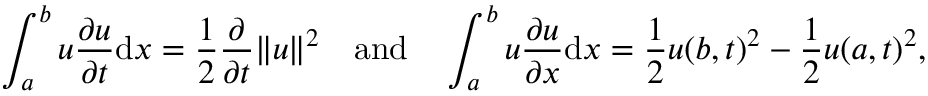
\int _ { a } ^ { b } u { \frac { \partial u } { \partial t } } \mathrm { d } x = { \frac { 1 } { 2 } } { \frac { \partial } { \partial t } } \| u \| ^ { 2 } \quad { \mathrm { a n d } } \quad \int _ { a } ^ { b } u { \frac { \partial u } { \partial x } } \mathrm { d } x = { \frac { 1 } { 2 } } u ( b , t ) ^ { 2 } - { \frac { 1 } { 2 } } u ( a , t ) ^ { 2 } ,